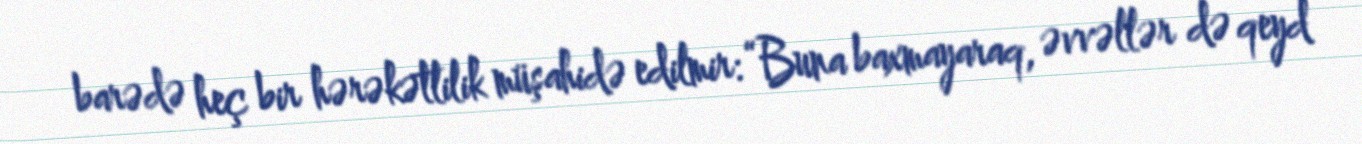
barədə heç bir hərəkətlilik müşahidə edilmir: “Buna baxmayaraq, əvvəllər də qeyd